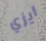
ايزي